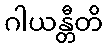
ဂါယန္တီတိ